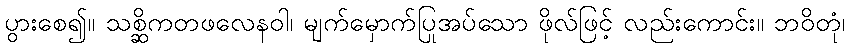
ပွားစေ၍။ သစ္ဆိကတဖလေနဝါ၊ မျက်မှောက်ပြုအပ်သော ဖိုလ်ဖြင့် လည်းကောင်း။ ဘဝိတုံ၊